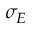
\sigma _ { E }